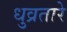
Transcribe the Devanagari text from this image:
धुव्रतारे